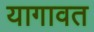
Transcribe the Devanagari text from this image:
यागावत